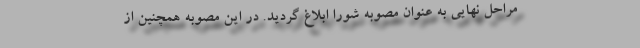
مراحل نهایی به عنوان مصوبه شورا ابلاغ گردید. در این مصوبه همچنین از